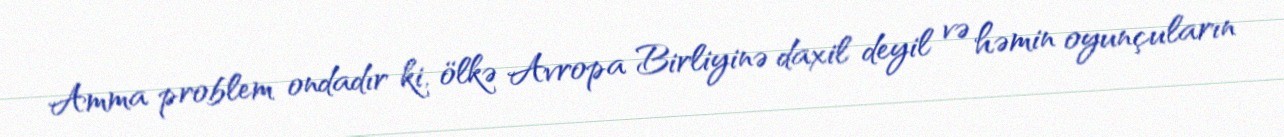
Amma problem ondadır ki, ölkə Avropa Birliyinə daxil deyil və həmin oyunçuların